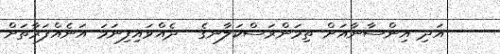
އަދި އިންސާނާއަށް ތިމަންރަސްކަލާނގެ  ދެއްވައިފިނަމަ އަނެއްފަރާތަށް